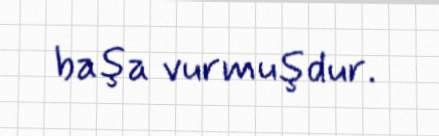
başa vurmuşdur.